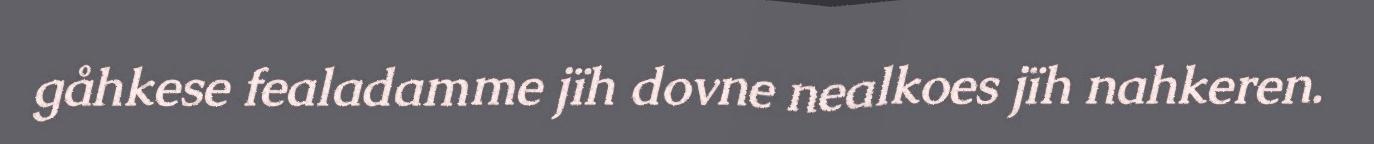
gåhkese fealadamme jïh dovne nealkoes jïh nahkeren.